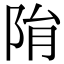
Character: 𨹆